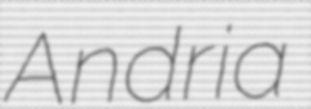
Andria